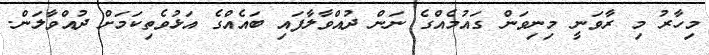
މިހާރު މި ރާވަނީ މިނިވަން ގައުމެއްގެ ނަން ދުއްވާލާފައި ބައެއްގެ އަޅުވެތިކަމަށް ދުއްވާލަން.